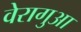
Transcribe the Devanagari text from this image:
वेरागुआ